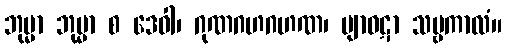
ဘုမ္မာ ဘုမ္မာ စ ဒေဝါ၊ ဂုဏဂဟဂဟဏ၊ ဗျာဝဋာ သဗ္ဗကာလံ။